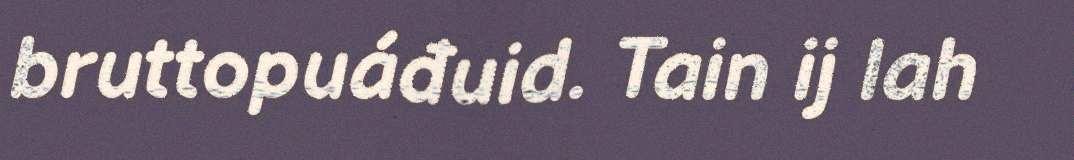
bruttopuáđuid. Tain ij lah